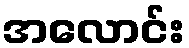
အလောင်း